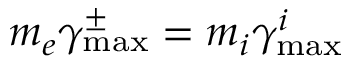
m _ { e } \gamma _ { \mathrm { m a x } } ^ { \pm } = m _ { i } \gamma _ { \mathrm { m a x } } ^ { i }